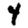
Digit: 4